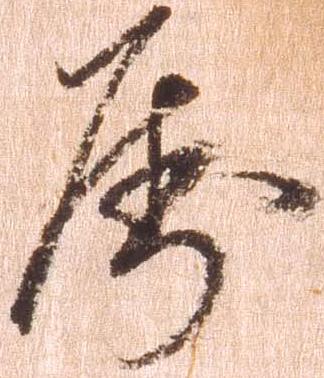
属